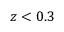
z < 0 . 3